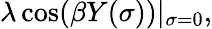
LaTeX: \lambda\cos(\beta Y(\sigma))|_{\sigma=0},